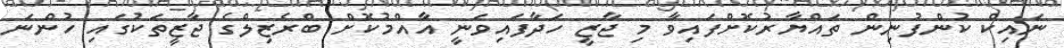
ނައިކް ކުންފުނިން ތައްޔާރުކޮށްފައިވާ މި ޖާޒީ ހަދާފައިވަނީ އާއްމުކޮށް ބްރެޒިލްގެ ޖާޒީތަކުގައި ހުންނަ